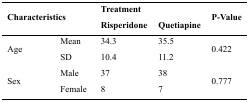
| <ROWSPAN=2-COLSPAN=2> Characteristics | <COLSPAN=2> Treatment | <ROWSPAN=2> P-Value |
 | Risperidone | Quetiapine |
 | --- | --- | --- | --- | --- |
 | <ROWSPAN=2> Age | Mean | 34.3 | 35.5 | <ROWSPAN=2> 0.422 |
 | SD | 10.4 | 11.2 |
 | <ROWSPAN=2> Sex | Male | 37 | 38 | <ROWSPAN=2> 0.777 |
 | Female | 8 | 7 |